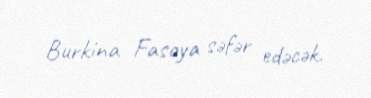
Burkina Fasoya səfər edəcək.